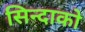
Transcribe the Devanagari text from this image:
सिन्दाको